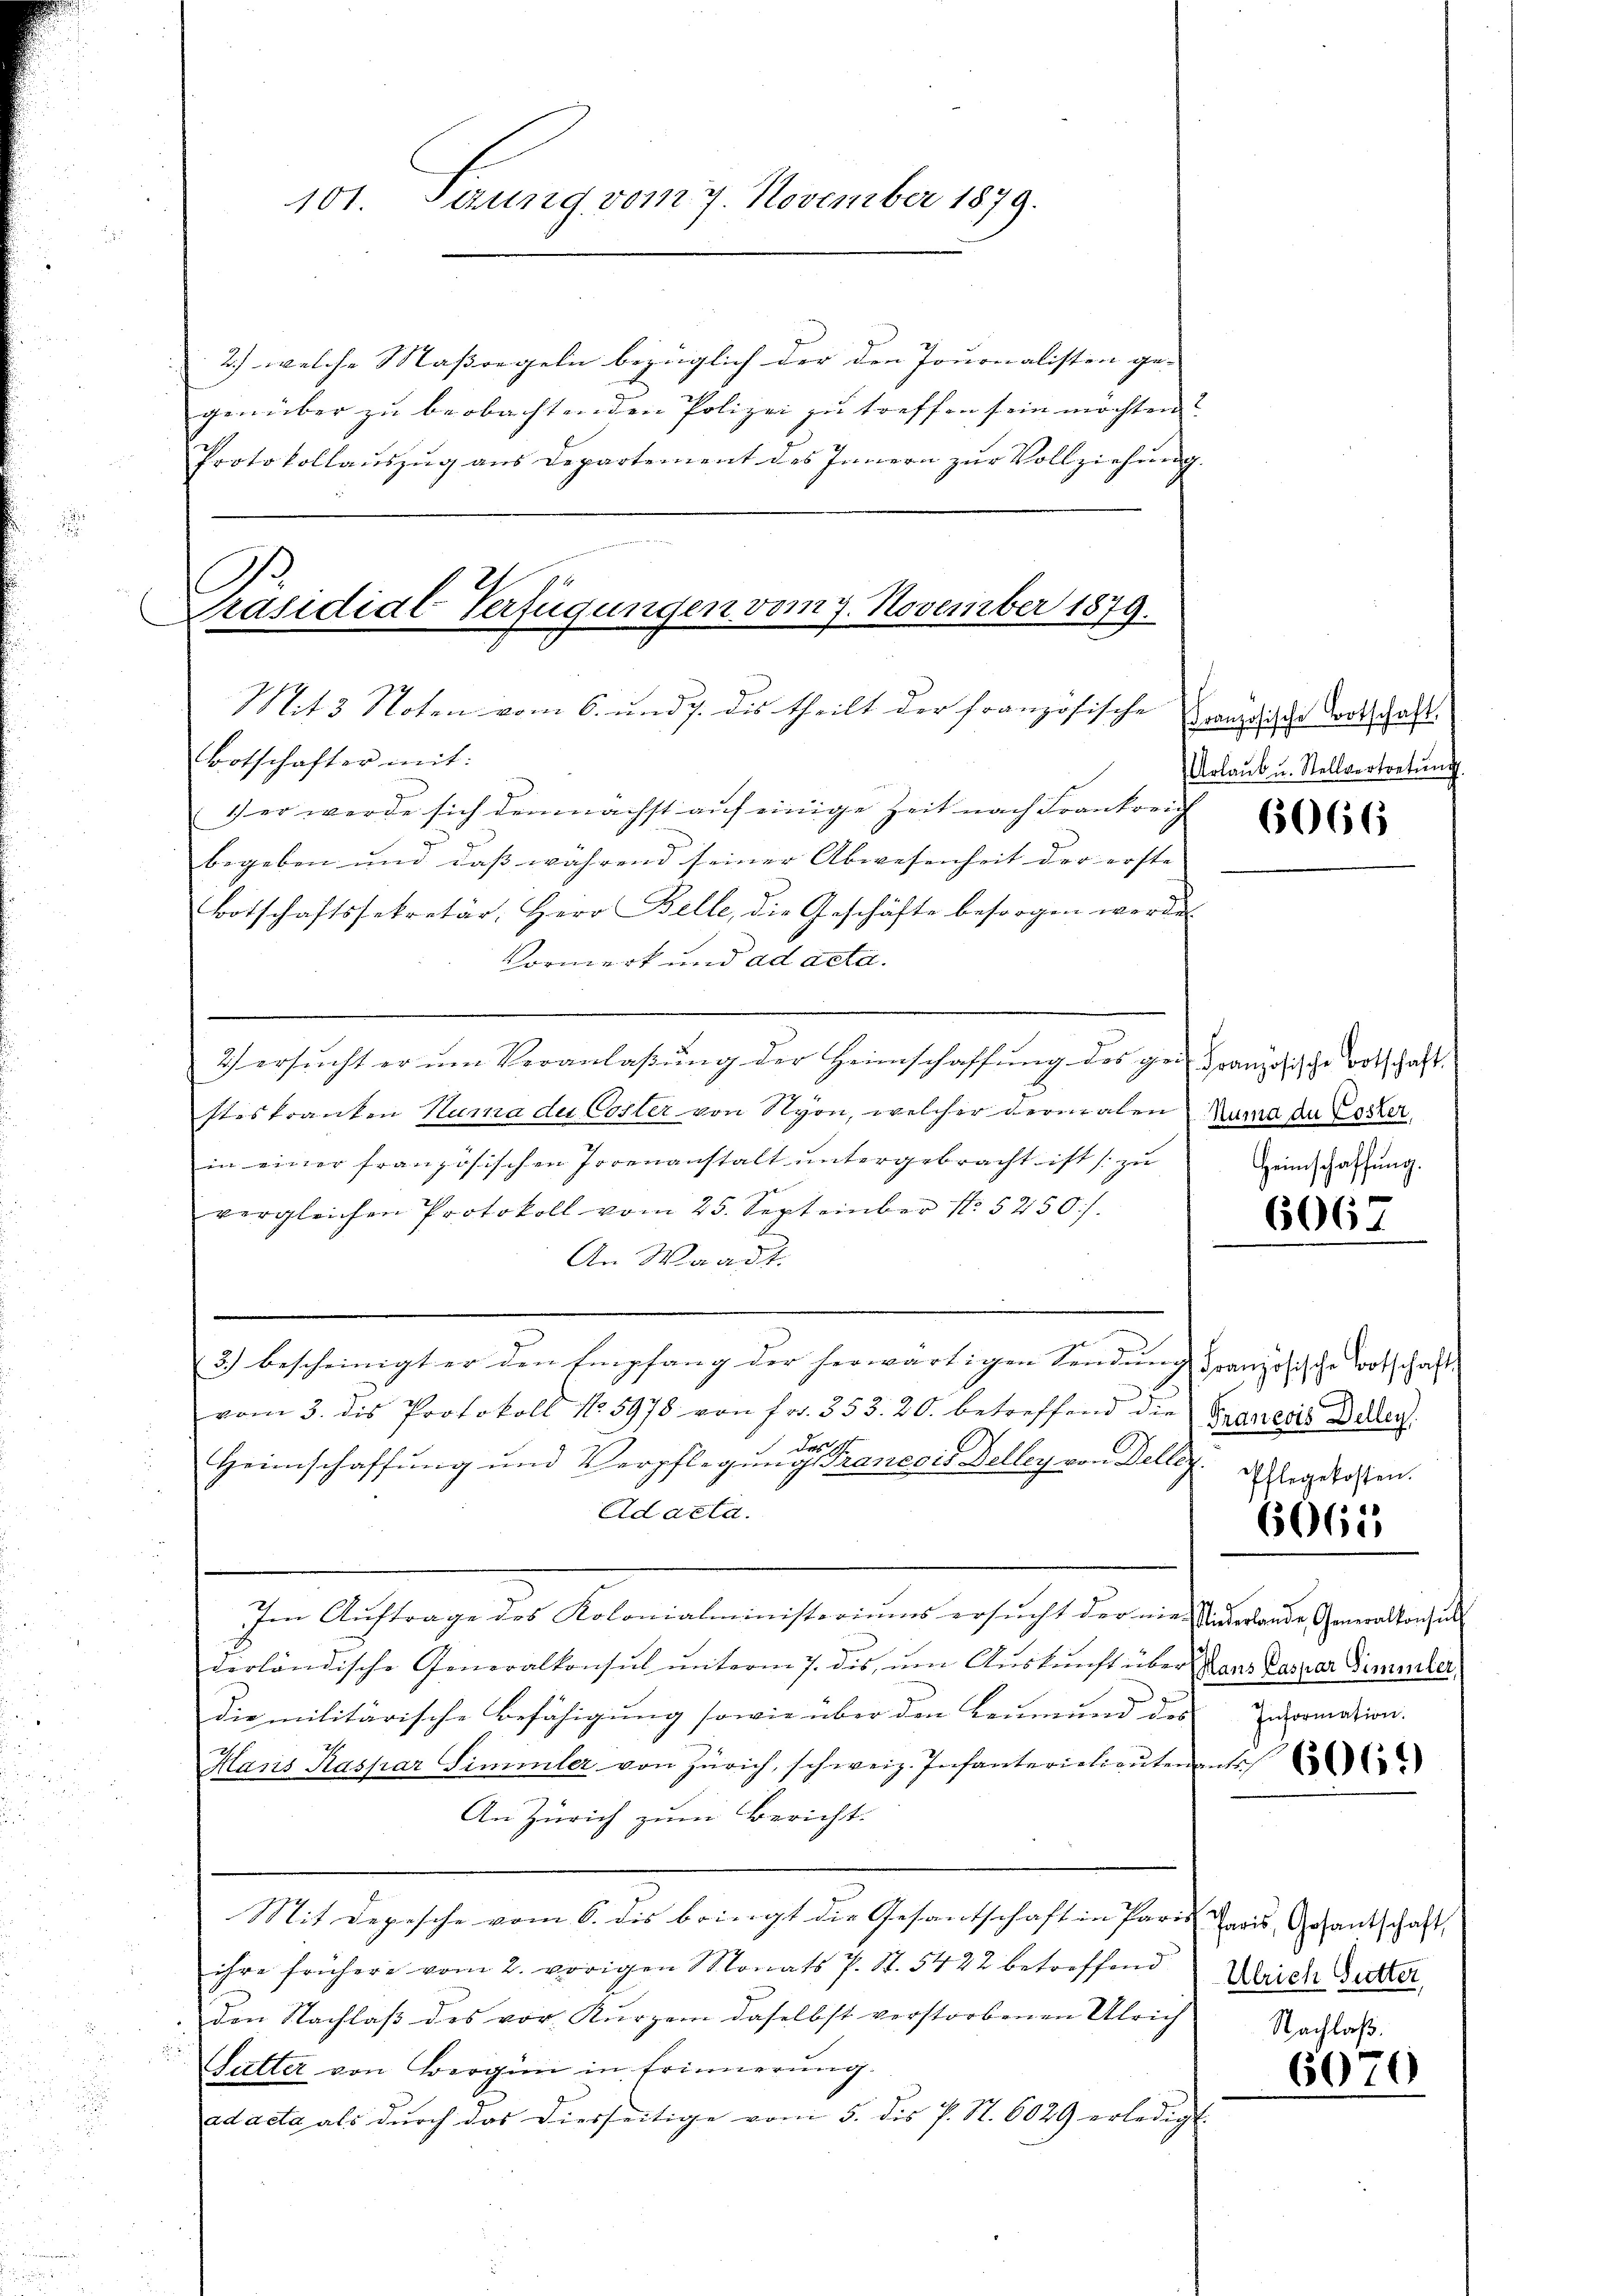
101. Perung vom 7. November 1879.

2.) welche Maßregeln bezüglich der den Journalisten ge-
genüber zu beobachtenden Polizei zu treffen sein möchten
Protokollauszug aus Departement des Innern zur Vollziehung.

Präsidial-Verfügungen vom 7. November 1879.
Mit3 Noten vom 6. und 7. des theilt der französische reiche Todtschaft.
Botschafter mit:

1) er werde sich demnächst auf einige Zeit nach Frankreich
begeben und daß während seiner Abwesenheit der erste
Botschaftssekretär, Herr Belle, die Geschäfte besorgen werde.
Vormerk und ad acta.
2) ersucht er um Veranlaßung der Heimschaffung des gei granzösische Botschaft.
steskranken Numa du Coster von Nyon, welcher dermalen Rand da Pöster
in einer französischen Torenanstalt untergebracht ist s. zu
vergleichen Protokoll vom 25. September 15250).
An Waadt.
.
g
3) bescheinigt er den Empfang der herwärtigen Sendung Französische Fortschaft
vom 3. des Protokoll No 5978 von Fr. 353. 20. betreffend die Frauen Deleg
 des 11
Heimschaffung und Verpflegung Trancois Delley von Deller.
Adacta.
Im Auftrage des Kolonialministeriums ersucht der nie Minderande Generalton, un
derländische Generalkonsul ŭnterm 7. dis, um Auskunft über Maas Parzer Dimmler,
die militärische Befähigung sowie über den Leumund des Euromation
Haris Kaspar Simmler von Zürich, schweiz. Infanterielieutenants
An Zürich zum Bericht:
Mit Depesche vom 6. dis bringt die Gesantschaft in Paren Paris, Gesantschaft
ihre frühere vom 2. vorigen Monats P. St. 5422 betreffend
den Nachlaß des vor Kurzem daselbst verstorbenen Ulrich
Sutter von Bergün in Erinnerung.
ad acta als durch das Diesseitige vom 5. des P. S. 6029 erledigt

Urlaub u. Stellvertretŭng.

6066

Heimschaffung.

6067

Pflegekosten.

6065

Ulrich Gutter,
Nachlaß.

6070